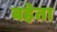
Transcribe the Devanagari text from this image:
बहेता